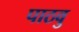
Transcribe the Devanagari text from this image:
पाठवु